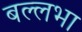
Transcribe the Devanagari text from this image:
बल्लभा